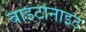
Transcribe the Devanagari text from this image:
बाइटोनाइट